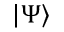
| \Psi \rangle